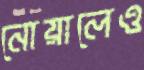
নোয়ালেও